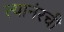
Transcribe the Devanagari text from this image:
त्यानंरची